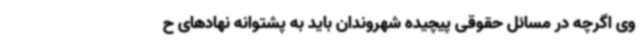
وی اگرچه در مسائل حقوقی پیچیده شهروندان باید به پشتوانه نهادهای ح